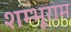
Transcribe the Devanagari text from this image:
शम्भूराम